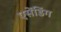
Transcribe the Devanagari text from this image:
एसेंडिंग